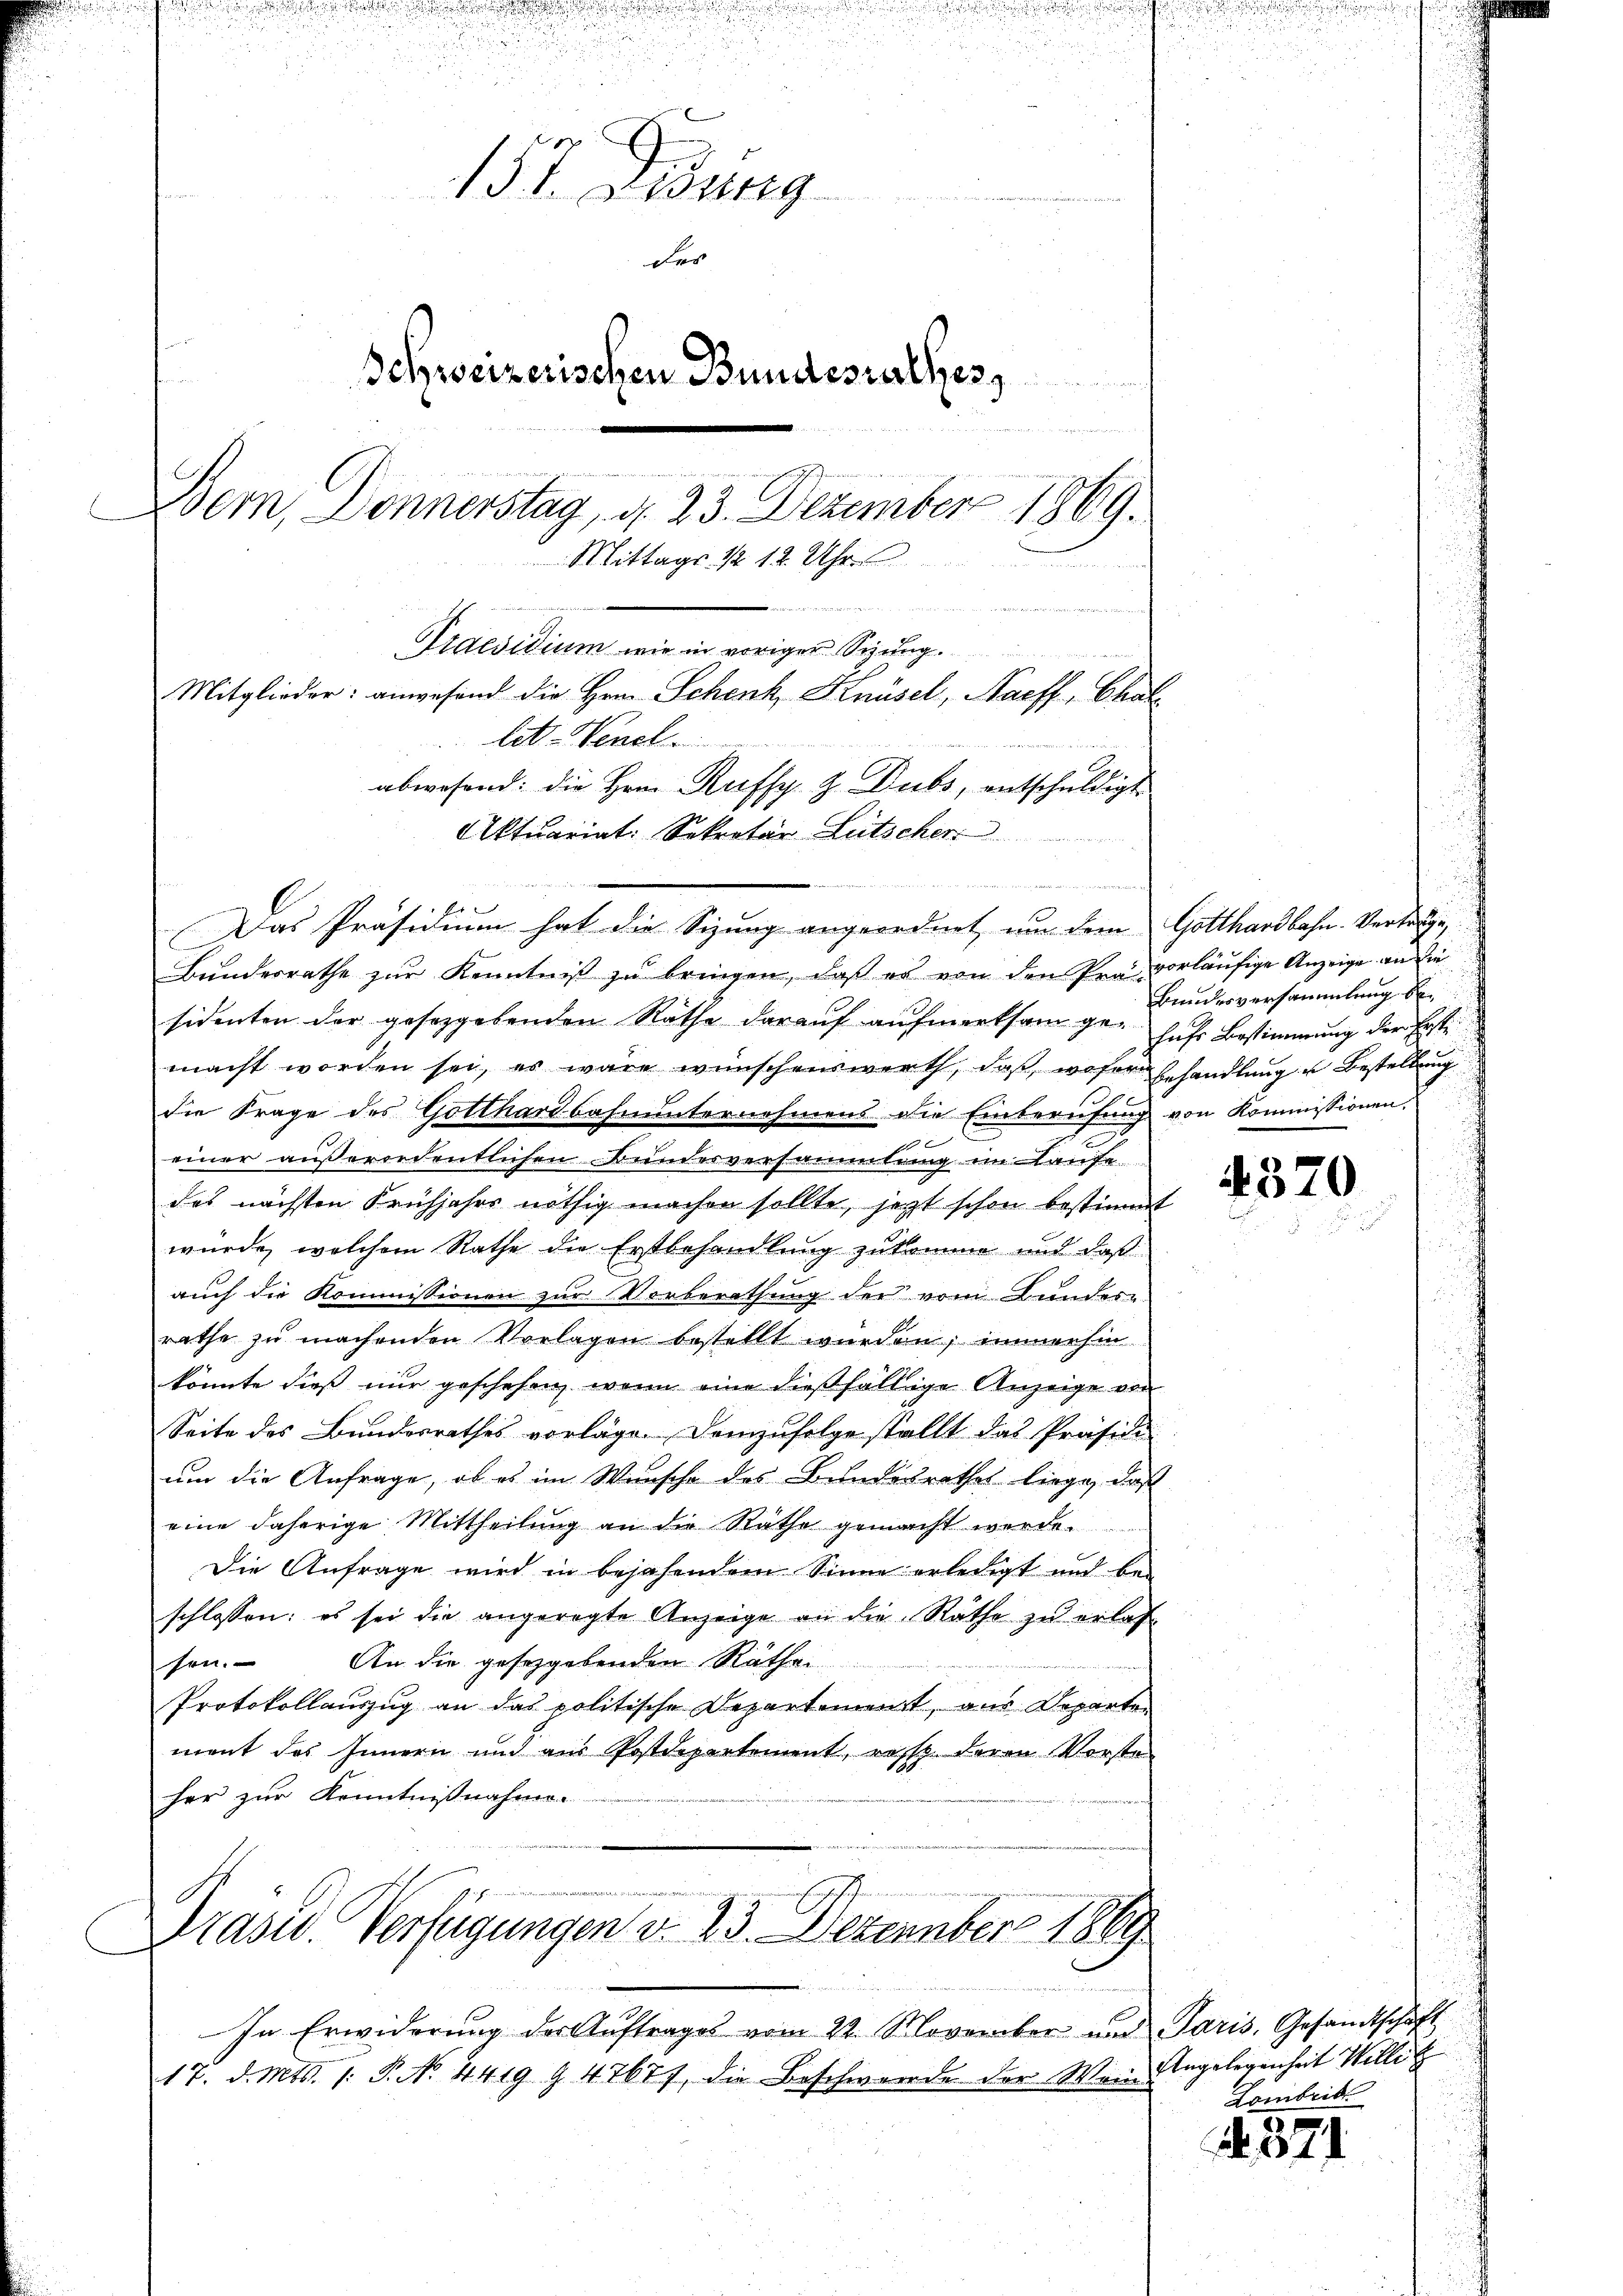
St. Gesung
e
der
Schweizerischen Bundesrathes

Bern, Donnerstag, d. 23. Dezember 1869.
Mittags 1/2 12 Uhr
arten unteren der vor 2 t Mattet werden
Praesidium wie in vorigen Sizung.
Mitglieder: anwesend die Hrn. Schenk, Knüsel, Naeff, Challit. Venel
abwesend: die Herrn Rufsy. Z. Dubs, entschuldigt
Aktuariat: Sekretär Lütscher

s
Das Präsidium hat die Sizung angeordnet, um dem Gotthardbahn. Vertrage,
Bŭndesrathe zŭr Kenntniβ zŭ bringen, daß er von den Prä vorläufige Anzeige an die
sidenten der gesetzgebenden Rathe darauf aufmerksam ge¬ sehr Bestimmung der Erste
macht worden sei, es wäre wünschenswerth, daß, woher Behandlung u Bestellung
die Frage des Gotthardbahnunternehmens die Einberufung von Kommissionen,
1
einer außerordentlichen Bundesversammlung im Laufe
des nächsten Frühjahrs nöthig machen sollte, jetzt schon bestimmt
würde, welchem Rathe die Erstbehandlung zukomme und daß
auch die Kommissionen zur Vorberathung der vom Bundes-
rathe zu machenden Vorlagen bestellt wurden; immerhin
könnte dieß nur geschehen, wenn eine dießfällige Anzeige von
Seite des Bundesrathes vorläge. Demzufolge stellt das Präsidi
um die Anfrage, ob es im Wunsche des Bundesrathes liege, daß
eine daherige Mittheilung an die Räthe gemacht werde.
Die Anfrage wird in bejahendem Sinne erledigt und bei
schlossen: es sei die angeregte Anzeige an die Räthe zu erlas
sen. An die gesegebenden Räthen
Protokollauszug an das politische Departement, aus Departen
ment des Innern und aus Postdepartement, resp. deren Vorste
her zur Kenntnißnahmen

In Erwiderung der Auftrages vom 22. November und Paris, Gesandtschaft
17. d. Mts. 1. P. No. 4419 § 4767, die Beschwerde der Wein Angelegenheit Willet

Präsid. Verfügungen v. 23. Dezember 1889

Bundesversammlung be¬

4370

Lambrik

371